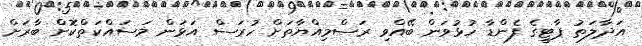
އަދާލަތު ޕާޓީގެ ފެންޑާ ހުޅުވަން ބޭއްވި ރަސްމިއްޔާތަށް ހުރަސް އަޅަން މަސައްކަތްކޮށް ބާރަށް